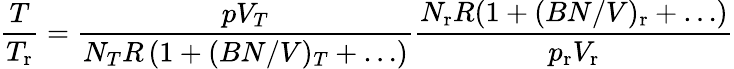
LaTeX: \frac{T}{T_{\mathrm{r}}}=\frac{pV_{T}}{N_{T}R\left(1+(BN/V)_{T}+\ldots\right)}\frac{N_{\mathrm{r}}R(1+(BN/V)_{\mathrm{r}}+\ldots)}{p_{\mathrm{r}}V_{\mathrm{r}}}